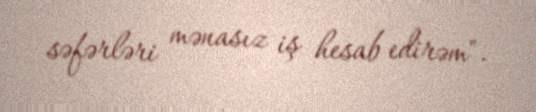
səfərləri mənasız iş hesab edirəm".